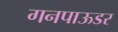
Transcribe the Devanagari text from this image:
गनपाऊडर